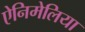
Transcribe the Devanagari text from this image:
ऐनिमेलिया